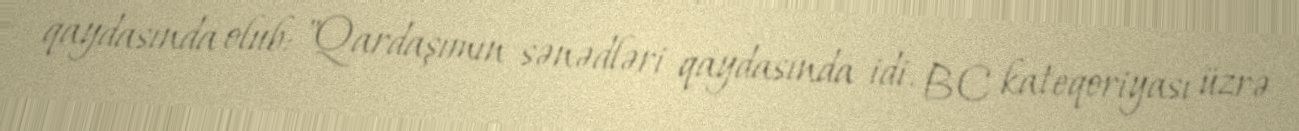
qaydasında olub: "Qardaşımın sənədləri qaydasında idi. BC kateqoriyası üzrə